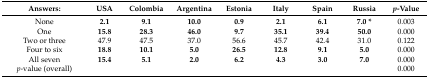
<table><thead><tr><td><b>Answers:</b></td><td><b>USA</b></td><td><b>Colombia</b></td><td><b>Argentina</b></td><td><b>Estonia</b></td><td><b>Italy</b></td><td><b>Spain</b></td><td><b>Russia</b></td><td><b><i>p</i>-Value</b></td></tr></thead><tbody><tr><td>None</td><td><b>2.1</b></td><td><b>9.1</b></td><td><b>10.0</b></td><td><b>0.9</b></td><td><b>2.1</b></td><td><b>6.1</b></td><td><b>7.0 *</b></td><td>0.003</td></tr><tr><td>One</td><td><b>15.8</b></td><td><b>28.3</b></td><td><b>46.0</b></td><td><b>9.7</b></td><td><b>35.1</b></td><td><b>39.4</b></td><td><b>50.0</b></td><td>0.000</td></tr><tr><td>Two or three</td><td>47.9</td><td>47.5</td><td>37.0</td><td>56.6</td><td>45.7</td><td>42.4</td><td>31.0</td><td>0.122</td></tr><tr><td>Four to six</td><td><b>18.8</b></td><td><b>10.1</b></td><td><b>5.0</b></td><td><b>26.5</b></td><td><b>12.8</b></td><td><b>9.1</b></td><td><b>5.0</b></td><td>0.000</td></tr><tr><td>All seven</td><td><b>15.4</b></td><td><b>5.1</b></td><td><b>2.0</b></td><td><b>6.2</b></td><td><b>4.3</b></td><td><b>3.0</b></td><td><b>7.0</b></td><td>0.000</td></tr><tr><td><i>p</i>-value (overall)</td><td></td><td></td><td></td><td></td><td></td><td></td><td></td><td>0.000</td></tr></tbody></table>